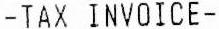
-TAX INVOICE-